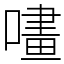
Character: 㗲